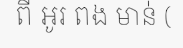
ពី អូរ ពង មាន់ (